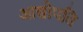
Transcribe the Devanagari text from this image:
आद्योपति